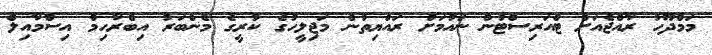
މަމްދޫހު ރާއްޖެއަށް ޓްއަރިސްޓުން ނައުމަށް ރައްޔިތުން މަޖިލީހުގެ ކުރީގެ މެންބަރު އިބްރާހިމް އިސްމާއިލް